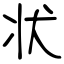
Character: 状